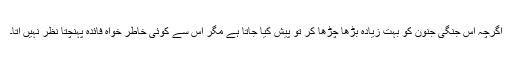
اگرچہ اس جنگی جنون کو بہت زیادہ بڑھا چڑھا کر تو پیش کیا جاتا ہے مگر اس سے کوئی خاطر خواہ فائدہ پہنچتا نظر نہیں آتا۔